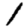
Digit: 1